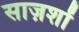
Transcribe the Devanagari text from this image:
साज़शों